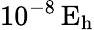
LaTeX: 10^{-8}\, \mathrm{E_{h}}